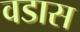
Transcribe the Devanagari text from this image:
वडास